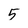
Character: 5